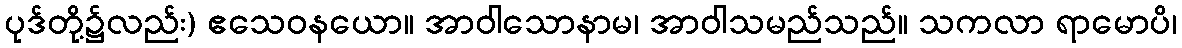
ပုဒ်တို့၌လည်း) ဧသေဝနယော။ အာဝါသောနာမ၊ အာဝါသမည်သည်။ သကလာ ရာမောပိ၊